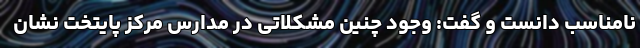
نامناسب دانست و گفت: وجود چنین مشکلاتی در مدارس مرکز پایتخت نشان